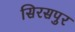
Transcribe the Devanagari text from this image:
सिरसपुर